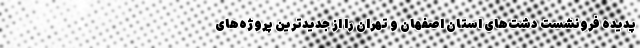
پدیده فرونشست دشت‌های استان اصفهان و تهران را از جدیدترین پروژه‌های